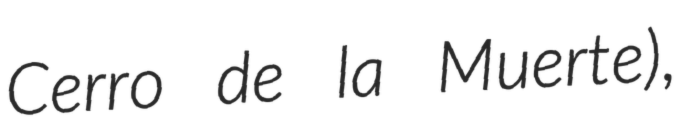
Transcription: Cerro de la Muerte),